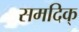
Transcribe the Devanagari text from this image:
समदिक्‌